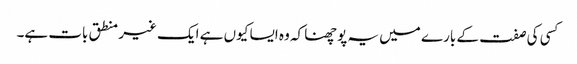
کسی کی صفت کے بارے میں یہ پوچھنا کہ وہ ایسا کیوں ہے ایک غیر منطق بات ہے۔